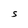
Character: S